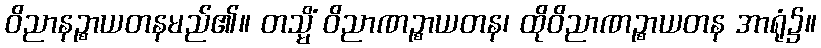
ဝိညာနဉ္စာယတနမည်၏။ တသ္မိံ ဝိညာဏဉ္စာယတန၊ ထိုဝိညာဏဉ္စာယတန အာရုံ၌။